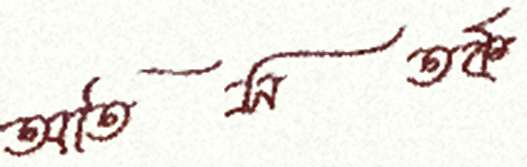
অতিসতর্ক